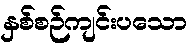
နှစ်စဉ်ကျင်းပသော